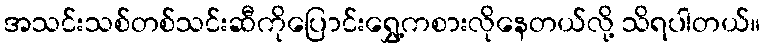
အသင်းသစ်တစ်သင်းဆီကိုပြောင်းရွှေ့ကစားလိုနေတယ်လို့ သိရပါတယ်။